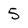
Character: 5